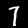
Label: 7